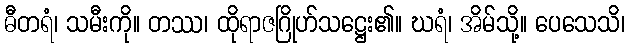
ဓီတရံ၊ သမီးကို။ တဿ၊ ထိုရာဇဂြိုဟ်သဋ္ဌေး၏။ ဃရံ၊ အိမ်သို့။ ပေသေသိ၊